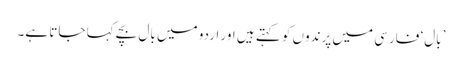
’بال‘ فارسی میں پرندوں کو کہتے ہیں اور اردو میں بال بچے کہا جاتا ہے۔